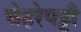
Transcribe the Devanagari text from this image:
चेहरेपट्टी